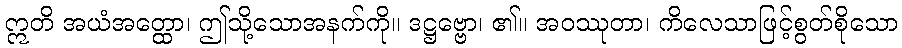
ဣတိ အယံအတ္ထော၊ ဤသို့သောအနက်ကို။ ဒဋ္ဌဗ္ဗော၊ ၏။ အဝဿုတာ၊ ကိလေသာဖြင့်စွတ်စိုသော